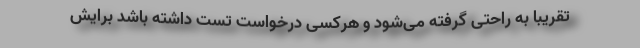
تقریبا به راحتی گرفته می‌شود و هرکسی درخواست تست داشته باشد برایش